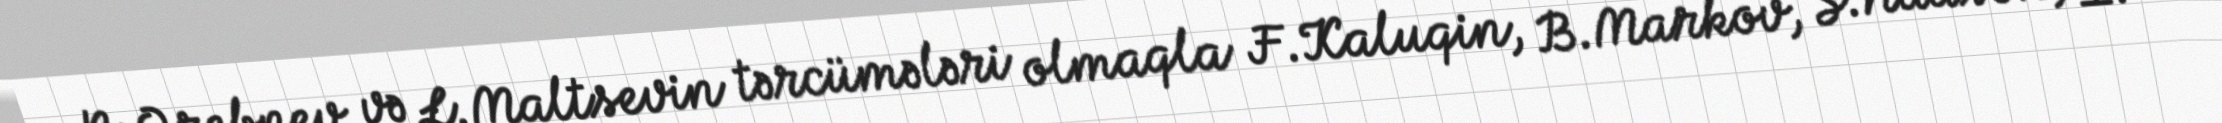
N.Qrebnev və L.Maltsevin tərcümələri olmaqla F.Kaluqin, B.Markov, S.Nadson, İ.